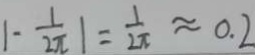
\vert - \frac { 1 } { 2 \pi } \vert = \frac { 1 } { 2 \pi } \approx 0 . 2